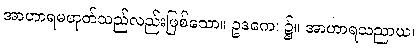
အာဟာရမဟုတ်သည်လည်းဖြစ်သော။ ဥဒကေ၊ ၌။ အာဟာရသညာယ၊